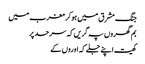
جنگ مشرق میں ہوکر مغرب میں
بم گھروں پہ گریں کہ سرحد پر
کھیت اپنے جلے کہ اوروں کے